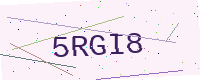
Text: 5RGI8